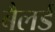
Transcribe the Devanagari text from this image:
बैलर्ड